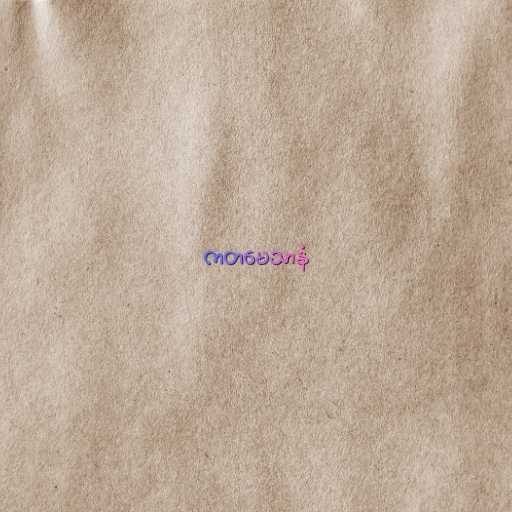
ကတမေသာနံ